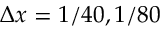
\Delta x = 1 / 4 0 , 1 / 8 0